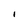
Character: I